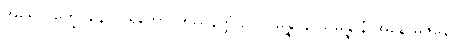
အမရာဝိက္ခေပိနော ပရိဘောဂဒဿနတ္ထံ ဥပသမ္ပန္နာနုပသမ္ပန္နာနံ အနောဓိဇိနော